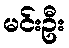
မင်းဦး